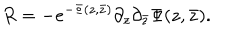
R = - e ^ { - \Phi ( z , \bar { z } ) } \partial _ { z } \partial _ { \bar { z } } \Phi ( z , \bar { z } ) .